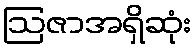
ဩဇာအရှိဆုံး